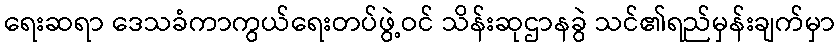
ရေးဆရာ ဒေသခံကာကွယ်ရေးတပ်ဖွဲ့ဝင် သိန်းဆုဌာနခွဲ သင်၏ရည်မှန်းချက်မှာ